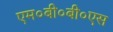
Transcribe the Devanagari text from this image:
एम०बी०बी०एस